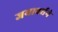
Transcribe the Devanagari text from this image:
जयावर्धने